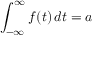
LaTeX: \int _ { - \infty } ^ { \infty } f ( t ) \, d t = a